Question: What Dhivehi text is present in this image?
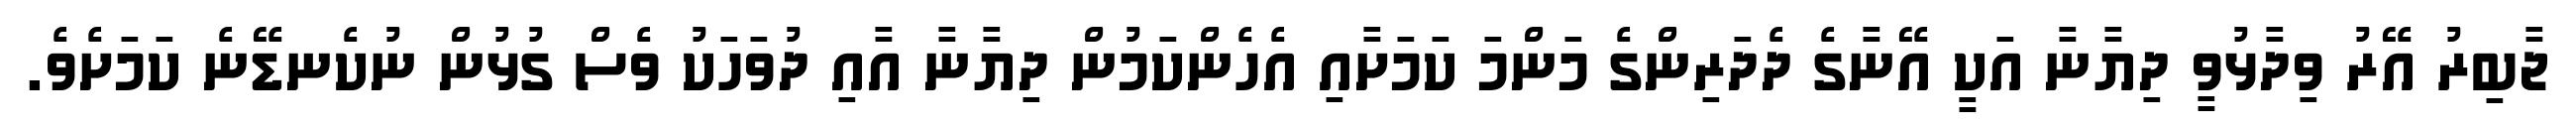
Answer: ޖާބިރު އޭރު ވިދާޅުވީ ދިޔާނާ އަކީ އޭނާގެ ދެދަރިންގެ މަންމަ ކަމަށާއި އެހެންކަމުން ދިޔާނާ އާއި ދުވަހަކު ވެސް ގުޅުން ނުކެނޑޭނެ ކަމަށެވެ.